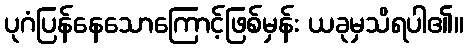
ပုဂံပြန်နေသောကြောင့်ဖြစ်မှန်း ယခုမှသိရပါ၏။